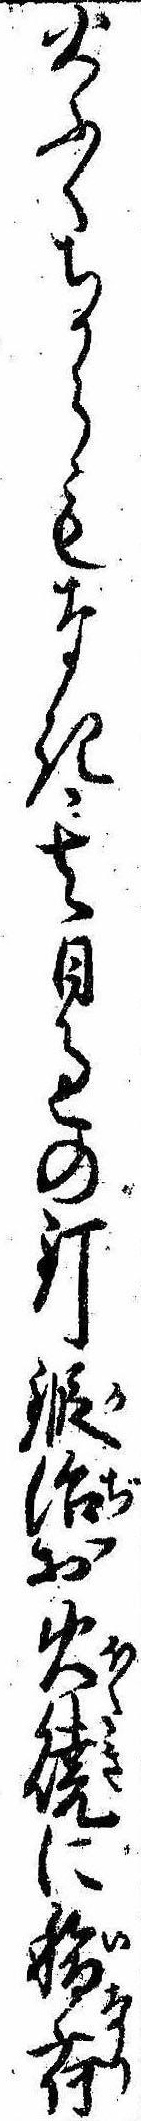
火ふくちからもなき其日過の釘鍛冶お火焼に稲荷